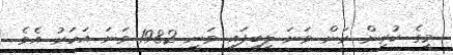
މީގެ ކުރިން ރަން ވަނަ ލިބިފައި ވަނީ 1982 ވަނަ އަހަރު އެވެ.